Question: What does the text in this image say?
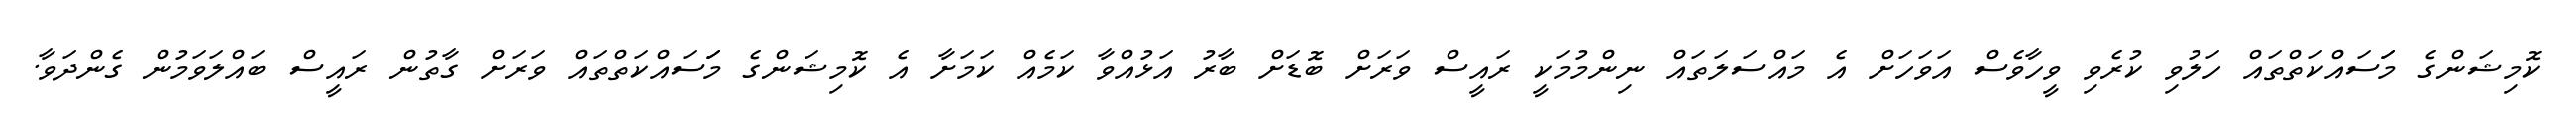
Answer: ކޮމިޝަންގެ މަަސައްކަތްތައް ހަލުވި ކުރެވި ވީހާވެސް އަވަހަށް އެ މައްސަލަތައް ނިންމުމަކީ ރައީސް ވަރަށް ބޮޑަށް ބާރު އަޅުއްވާ ކަމެއް ކަމަށާ އެ ކޮމިޝަންގެ މަަސައްކަތްތައް ވަރަށް ގާތުން ރައީސް ބައްލަވަމުން ގެންދަވާ.